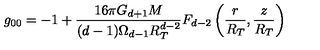
g _ { 0 0 } = - 1 + \frac { 1 6 \pi G _ { d + 1 } M } { ( d - 1 ) \Omega _ { d - 1 } R _ { T } ^ { d - 2 } } F _ { d - 2 } \left( \frac { r } { R _ { T } } , \frac { z } { R _ { T } } \right)